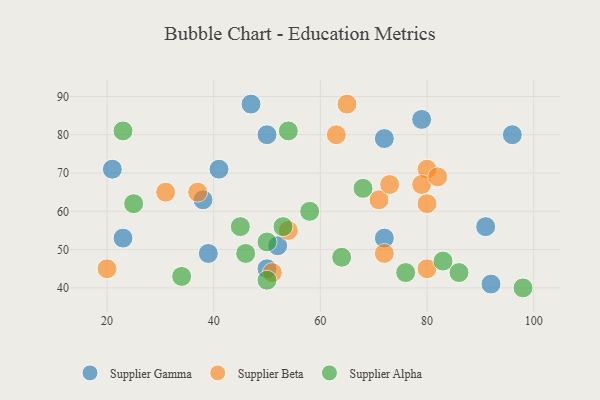
{"axis": {"x": "GDP", "y": "Life Expectancy"}, "legend": ["Supplier Alpha", "Supplier Beta", "Supplier Gamma"], "data": [{"x": "72", "y": 79, "type": "Supplier Gamma"}, {"x": "38", "y": 63, "type": "Supplier Gamma"}, {"x": "47", "y": 88, "type": "Supplier Gamma"}, {"x": "91", "y": 56, "type": "Supplier Gamma"}, {"x": "72", "y": 53, "type": "Supplier Gamma"}, {"x": "39", "y": 49, "type": "Supplier Gamma"}, {"x": "23", "y": 53, "type": "Supplier Gamma"}, {"x": "50", "y": 80, "type": "Supplier Gamma"}, {"x": "41", "y": 71, "type": "Supplier Gamma"}, {"x": "96", "y": 80, "type": "Supplier Gamma"}, {"x": "52", "y": 51, "type": "Supplier Gamma"}, {"x": "79", "y": 84, "type": "Supplier Gamma"}, {"x": "50", "y": 45, "type": "Supplier Gamma"}, {"x": "92", "y": 41, "type": "Supplier Gamma"}, {"x": "21", "y": 71, "type": "Supplier Gamma"}, {"x": "20", "y": 45, "type": "Supplier Beta"}, {"x": "72", "y": 49, "type": "Supplier Beta"}, {"x": "63", "y": 80, "type": "Supplier Beta"}, {"x": "71", "y": 63, "type": "Supplier Beta"}, {"x": "65", "y": 88, "type": "Supplier Beta"}, {"x": "80", "y": 45, "type": "Supplier Beta"}, {"x": "80", "y": 71, "type": "Supplier Beta"}, {"x": "79", "y": 67, "type": "Supplier Beta"}, {"x": "51", "y": 44, "type": "Supplier Beta"}, {"x": "31", "y": 65, "type": "Supplier Beta"}, {"x": "73", "y": 67, "type": "Supplier Beta"}, {"x": "80", "y": 62, "type": "Supplier Beta"}, {"x": "82", "y": 69, "type": "Supplier Beta"}, {"x": "37", "y": 65, "type": "Supplier Beta"}, {"x": "54", "y": 55, "type": "Supplier Beta"}, {"x": "58", "y": 60, "type": "Supplier Alpha"}, {"x": "98", "y": 40, "type": "Supplier Alpha"}, {"x": "50", "y": 42, "type": "Supplier Alpha"}, {"x": "64", "y": 48, "type": "Supplier Alpha"}, {"x": "53", "y": 56, "type": "Supplier Alpha"}, {"x": "25", "y": 62, "type": "Supplier Alpha"}, {"x": "46", "y": 49, "type": "Supplier Alpha"}, {"x": "45", "y": 56, "type": "Supplier Alpha"}, {"x": "83", "y": 47, "type": "Supplier Alpha"}, {"x": "23", "y": 81, "type": "Supplier Alpha"}, {"x": "54", "y": 81, "type": "Supplier Alpha"}, {"x": "76", "y": 44, "type": "Supplier Alpha"}, {"x": "86", "y": 44, "type": "Supplier Alpha"}, {"x": "34", "y": 43, "type": "Supplier Alpha"}, {"x": "50", "y": 52, "type": "Supplier Alpha"}, {"x": "68", "y": 66, "type": "Supplier Alpha"}]}